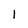
Character: l